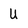
Character: U